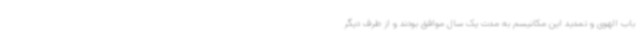
باب الهوی و تمدید این مکانیسم به مدت یک سال موافق بودند و از طرف دیگر